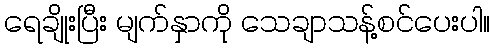
ရေချိုးပြီး မျက်နှာကို သေချာသန့်စင်ပေးပါ။